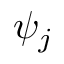
\psi _ { j }